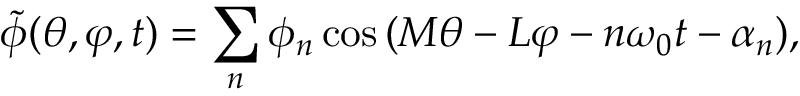
\tilde { \phi } ( \theta , \varphi , t ) = \sum _ { n } \phi _ { n } \cos { ( M \theta - L \varphi - n \omega _ { 0 } t - \alpha _ { n } ) } ,